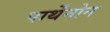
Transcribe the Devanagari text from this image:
पार्थेनोन